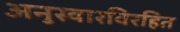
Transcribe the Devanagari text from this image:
अनुस्वारविरहित